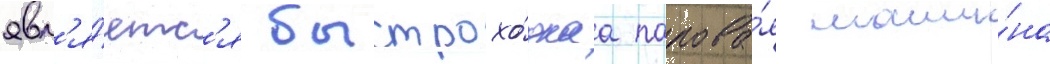
явл'я́етс'я быстрохо́днаа парова́я маши́на